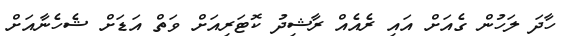
ހާދަ ލަހުން ގެއަށް އައި ރެއެއް ރާޝިދު ކޮޓަރިއަށް ވަތް އަޑަށް ޝެހެނާއަށް